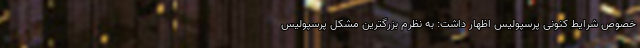
خصوص شرایط کنونی پرسپولیس اظهار داشت: به نظرم بزرگترین مشکل پرسپولیس